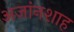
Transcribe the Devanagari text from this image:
अजांनशाह